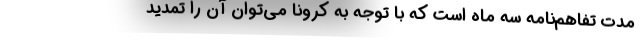
مدت تفاهم‌نامه سه ماه است که با توجه به کرونا می‌توان آن را تمدید